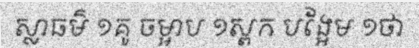
ស្លាធម៌ ១គូ ចម្អាប ១ស្ពក បង្អែម ១ថា